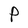
Character: P